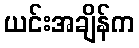
ယင်းအချိန်က